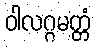
ဝါလဂ္ဂမတ္တံ